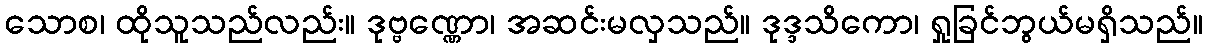
သောစ၊ ထိုသူသည်လည်း။ ဒုဗ္ဗဏ္ဏော၊ အဆင်းမလှသည်။ ဒုဒ္ဒသိကော၊ ရှုခြင်ဘွယ်မရှိသည်။